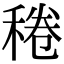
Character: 䅚